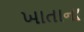
ખાતાના